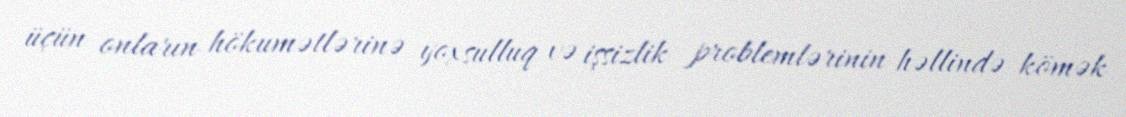
üçün onların hökumətlərinə yoxsulluq və işsizlik problemlərinin həllində kömək